Trukikaitis_Postimees, lk 111
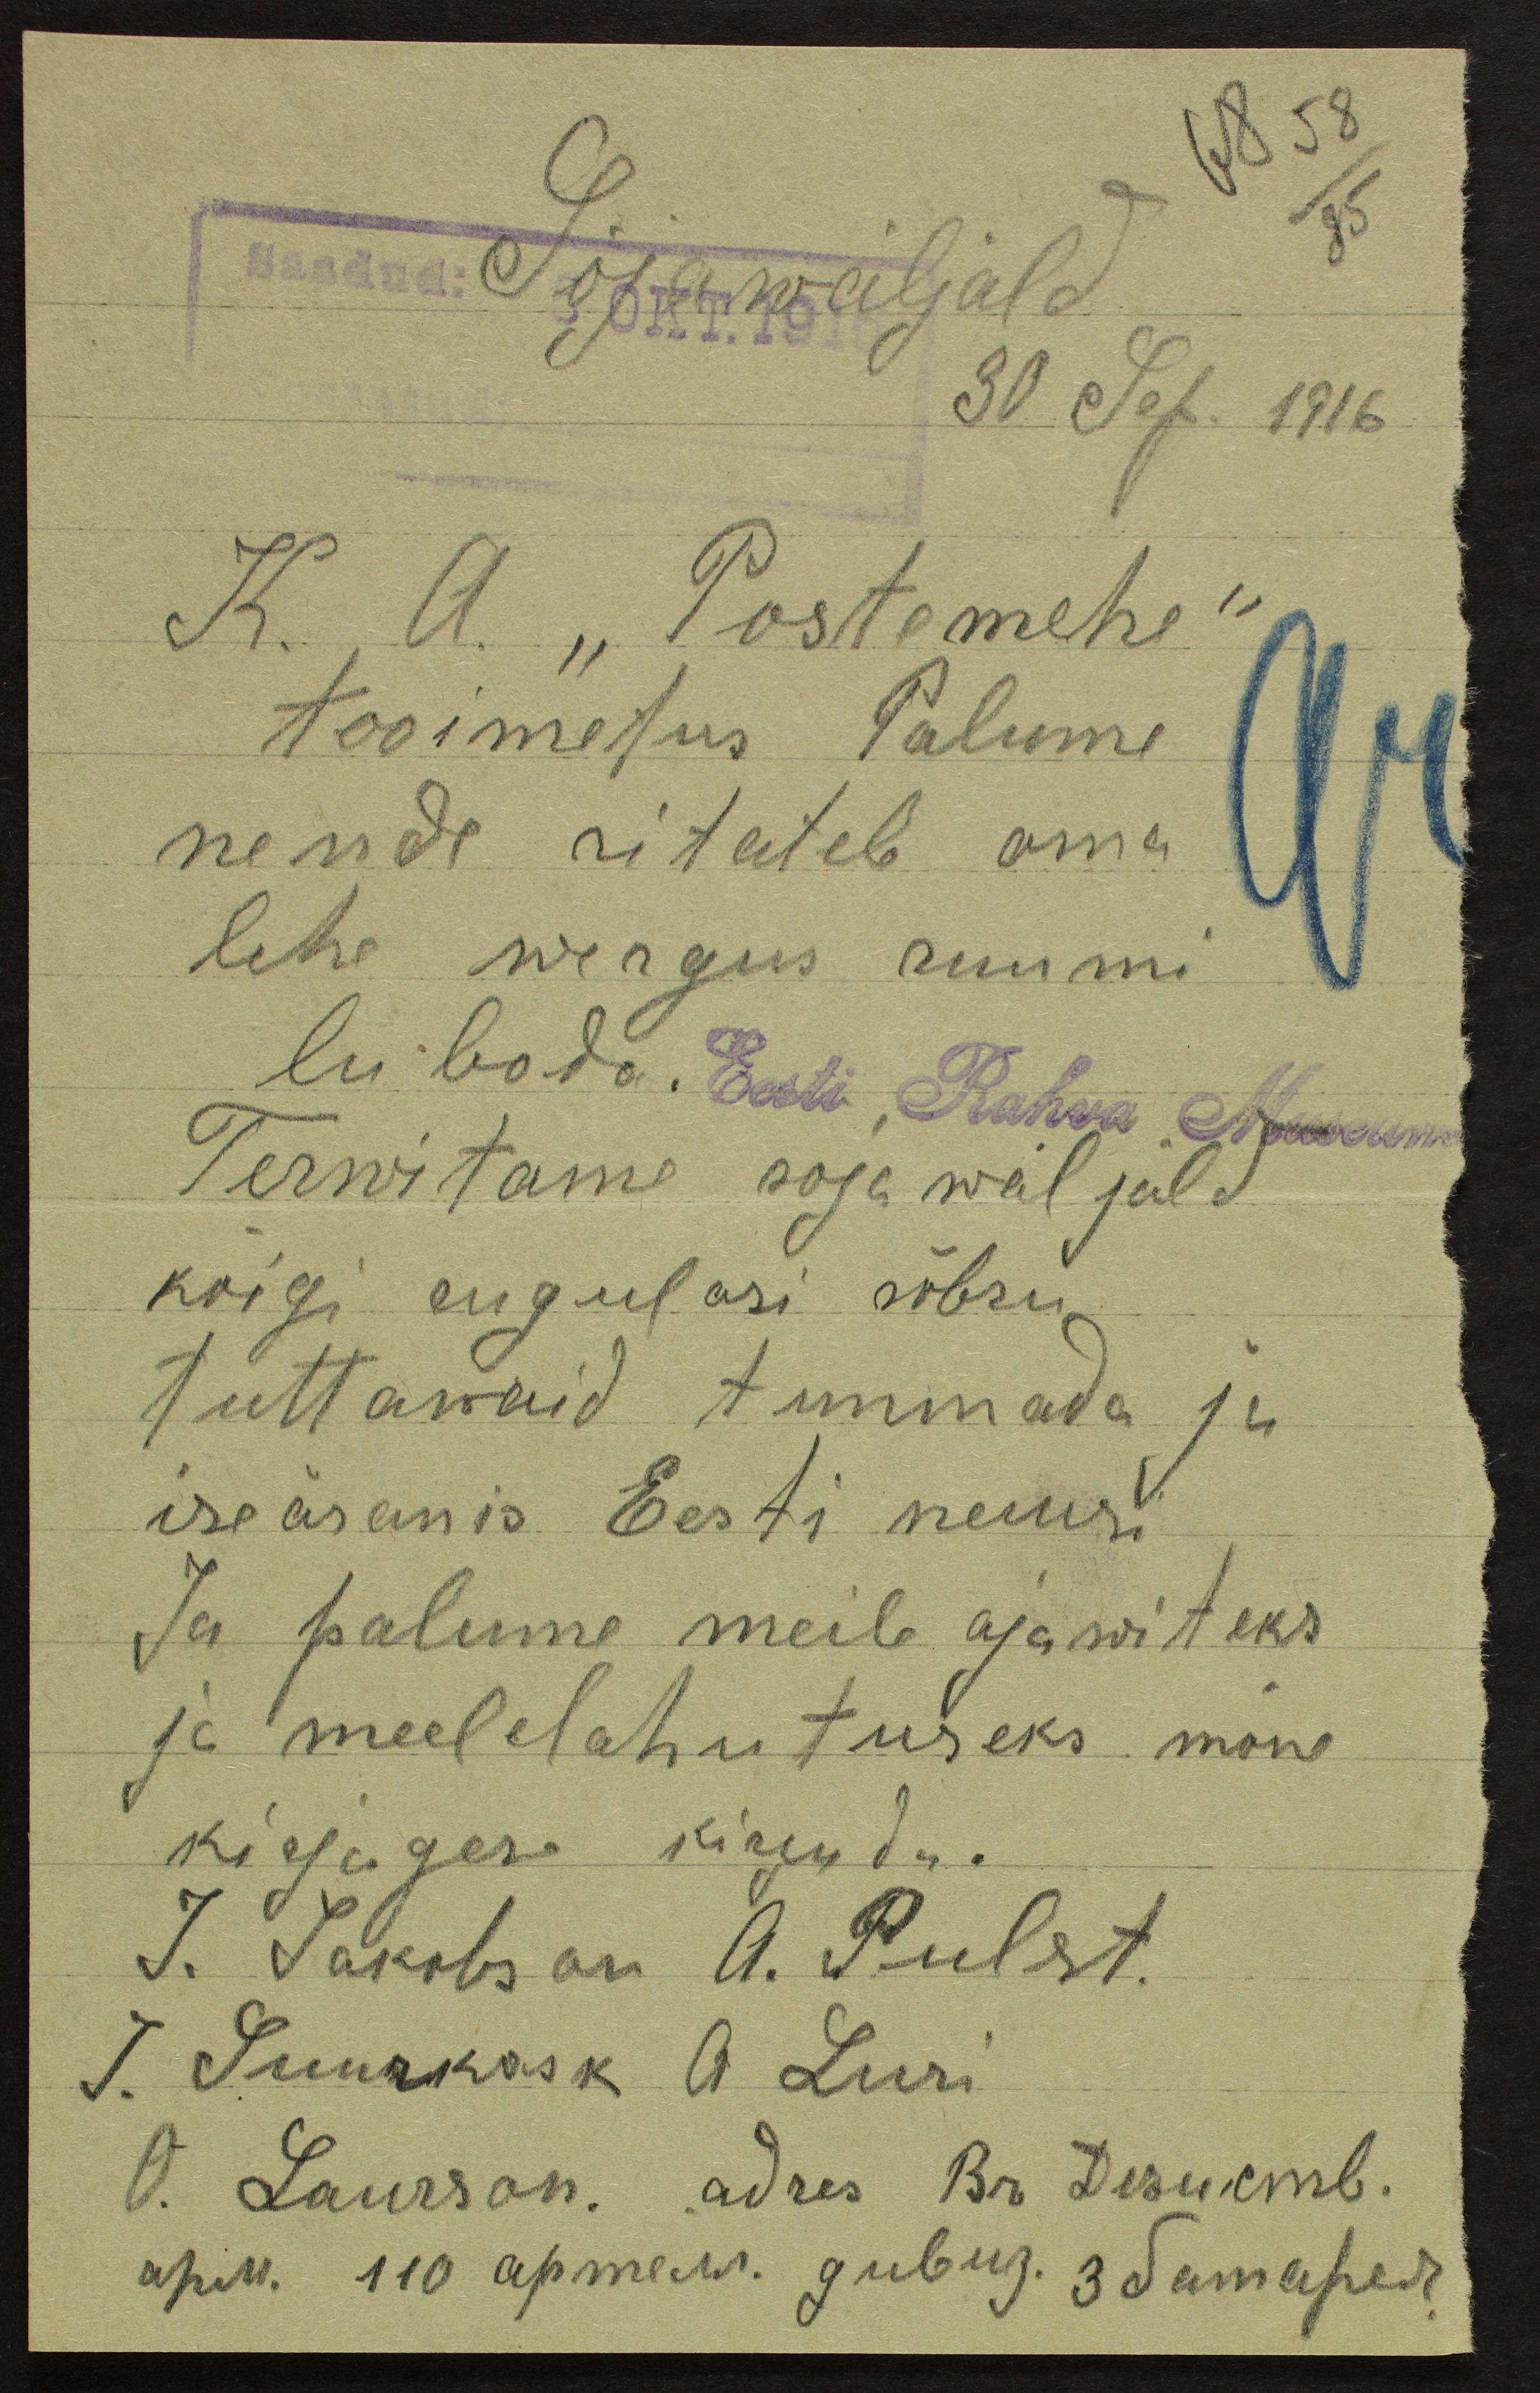
68 58
85
Saadud:
Sõjawäljald
3 OKT.191
30 Sep. 1916
K. A. "Postemehe"
tooimetus Palume
nende ritatel oma
lehe wergus ruumi
lubada. Eesti Rahva Museum
Terwitame sõja wäljald
kõigi sugulasi sõbru.
Tuttawaid tummada ja
iseäranis Eesti neiusi
Ja palume meile ajawiteks
ja meelelahutuseks mõne
kirjagese kirjuda.
J. Jakobson A. Pulst.
I. Suurkask A. Luri
O. Laurson, adres Br. Desukmb.